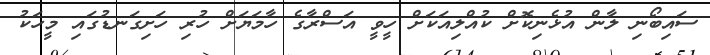
ސައިބޯނި ލާން އުޅެނިކޮށް ކުއްލިއަކަށް ހީވީ އަސްރާގެ ހާމަޔަށް ހުރި ހަށިގަނޑުގައި މީހަކު